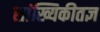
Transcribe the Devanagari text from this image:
सांख्यिकीतज्ञ